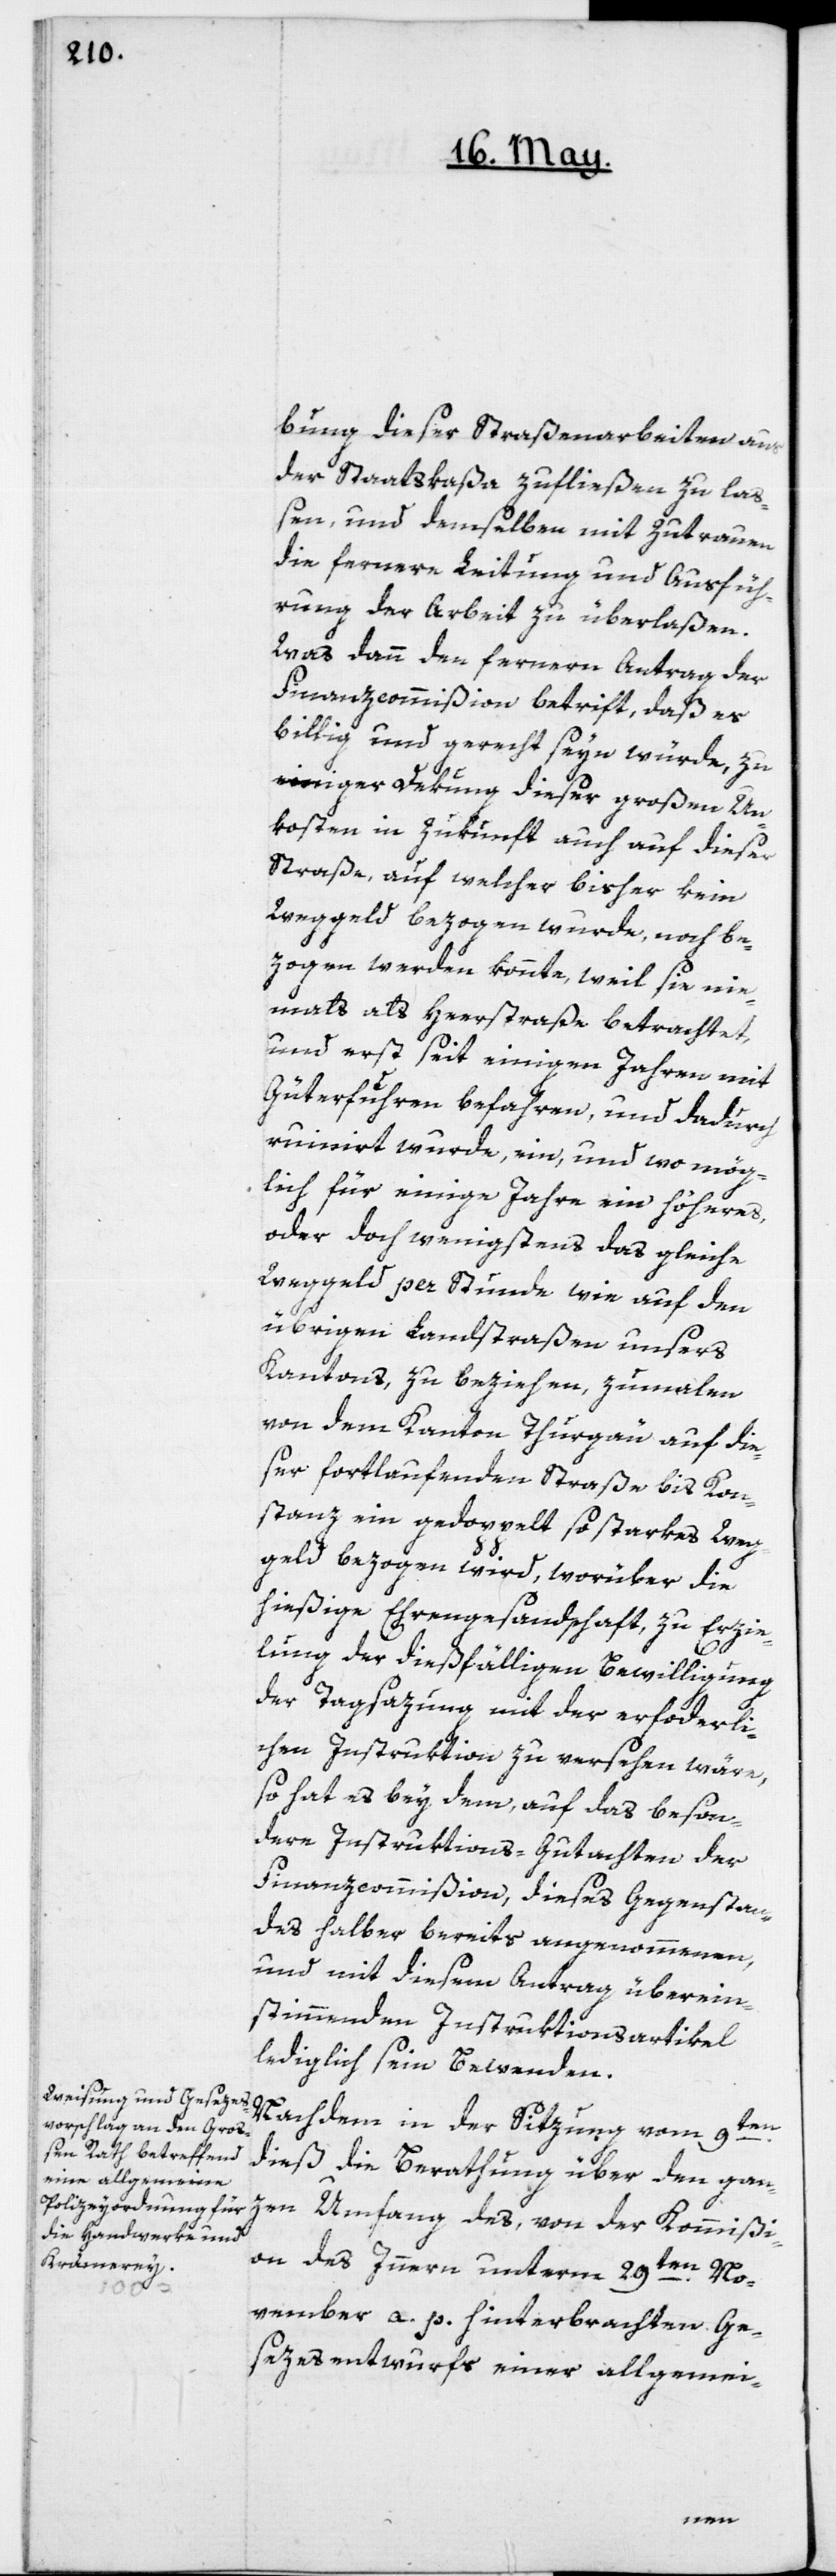
bung dieser Straßenarbeiten aus
der Staatskaße zufließen zu la¬
ßen, und demselben mit Zutrauen
die fernere Leitung und Ausfüh¬
rung der Arbeit zu überlaßen.
Was dann den fernern Antrag der
Finanzcommißion betrift, daß es
billig und gerecht seyn würde, zu
einiger Dekung dieser großen Un¬
kosten in Zukunft auch auf dieser
Straße, auf welcher bisher kein
Weggeld bezogen wurde, noch be¬
zogen werden könnte, weil sie nie¬
mals als Heerstraße betrachtet,
und erst seit einigen Jahren mit
Güterfuhren befahren, und dadurch
ruinirt wurde, ein, und wo mög¬
lich für einige Jahre ein höheres,
oder doch wenigstens das gleiche
Weggeld per Stunde, wie auf den
übrigen Landstraßen unsers
Kantons zu beziehen, zumalen
von dem Kanton Thurgau auf die¬
ser fortlaufenden Straße bis Kon¬
stanz ein gedoppelt so starkes Weg¬
geld bezogen wird, worüber die
hießige Ehrengesandtschaft, zu Erzie¬
lung der dießfälligen Bewilligung
der Tagsazung mit der erforderli¬
chen Instruktion zu versehen wäre,
so hat es bey dem, auf das beson¬
dere Instruktions-Gutachten der
Finanzcommißion, dieses Gegenstan¬
des halber bereits angenommenen,
und mit diesem Antrag überein¬
stimmenden Instruktionsartikel
lediglich sein Bewenden.
Nachdem in der Sitzung vom 9ten
dieß die Berathung über den gan¬
zen Umfang des, von der Kommißi¬
on des Innern unterm 29ten No¬
vember a. p. hinterbrachten Ge¬
sezesentwurfs einer allgemei-